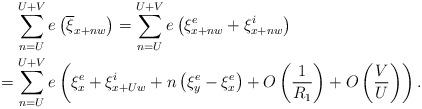
LaTeX: \begin{align*}&\quad\, \sum_{n = U}^{U+V} e\left(\overline{\xi}_{x + nw}\right) = \sum_{n = U}^{U+V} e\left(\xi_{x + nw}^e + \xi_{x + nw}^i\right) \\&= \sum_{n = U}^{U+V} e\left(\xi_{x}^e + \xi_{x + Uw}^i + n\left(\xi_y^e - \xi_x^e \right) + O\left(\frac{1}{R_1} \right) + O\left(\frac{V}{U} \right)\right).\end{align*}